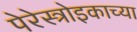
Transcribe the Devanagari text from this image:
पेरेस्त्रोइकाच्या